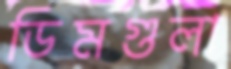
ডিমগুলা